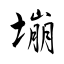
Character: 塴